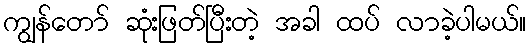
ကျွန်တော် ဆုံးဖြတ်ပြီးတဲ့ အခါ ထပ် လာခဲ့ပါမယ်။